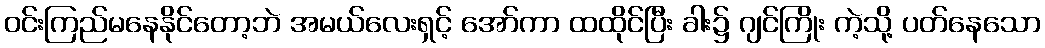
ဝင်းကြည်မနေနိုင်တော့ဘဲ အမယ်လေးရှင့် အော်ကာ ထထိုင်ပြီး ခါး၌ ဂျင်ကြိုး ကဲ့သို့ ပတ်နေသော